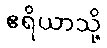
ဧရိယာသို့